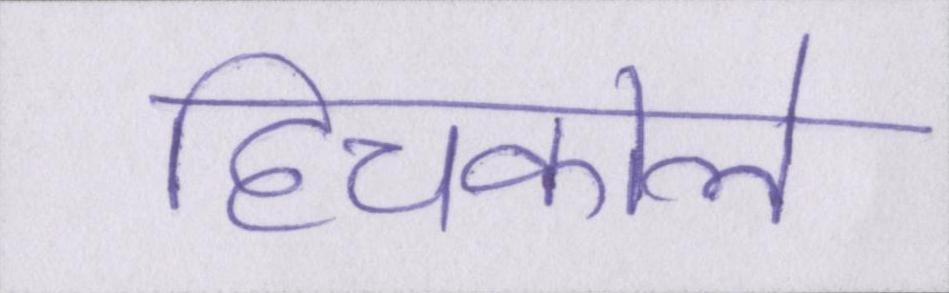
हिचकोले